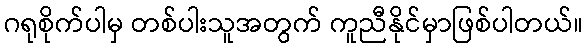
ဂရုစိုက်ပါမှ တစ်ပါးသူအတွက် ကူညီနိုင်မှာဖြစ်ပါတယ်။